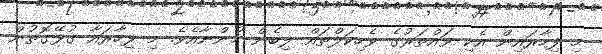
މި ފިހާރައިން އެކި ވައްތަރުގެ ވެހިކަލްތައް ލިބެން ހުންނާއެވެ. މި ފިހާރައާ ގުޅޭގޮތުން